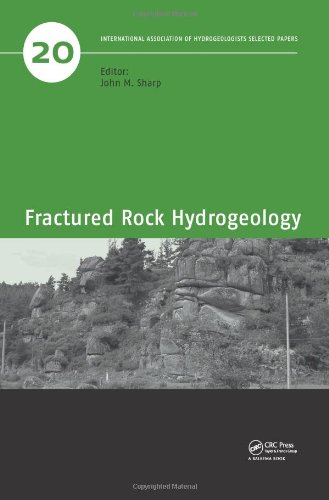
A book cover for Fractured Rock Hydrogeology (IAH - Selected Papers on Hydrogeology); Science & Math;